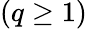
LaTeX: (q\ge 1)